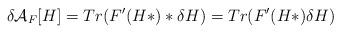
LaTeX: \begin{align*}\delta {\cal A}_F[H] = Tr( F^{\prime}(H*) * \delta H )= Tr (F^{\prime}(H*)\delta H )\end{align*}